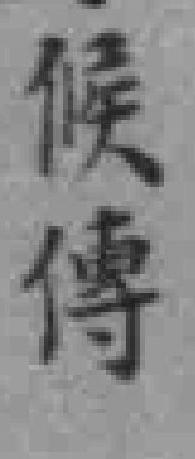
候傳